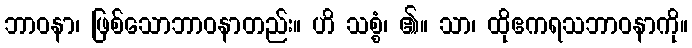
ဘာဝနာ၊ ဖြစ်သောဘာဝနာတည်း။ ဟိ သစ္စံ၊ ၏။ သာ၊ ထိုဧကရသဘာဝနာကို။